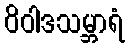
ဝိဝါဒသမ္ဘာရံ